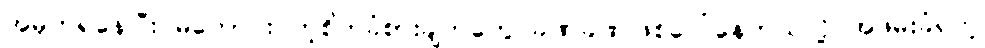
အမှတ်ရနေပြီး မကောင်း တဲ့စိတ်ခံစားချက်တွေ ခဏခဏဖြစ်ပေါ်နေတယ်လို့ အဖမ်းခံရတဲ့